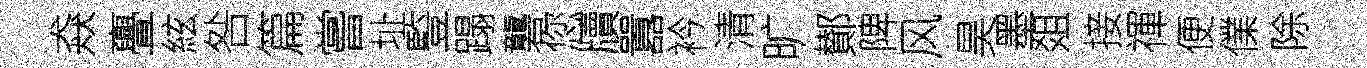
猋亹絃咎篇嘗址䜿蹋礱您牘囂衿清旷鄼陴风昊墨爼接禈便㒒除